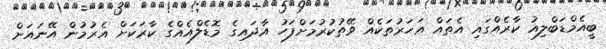
ބީއެމްޑަބްލިއު ކާރެއްގައި އެތައް އަހަރުތަކެއް ވޭތުކުރުމަށްފަހު އާދައިގެ މޮޑެލްއެއްގެ ކާރަކަށް އެރުމުން އޭނައަށް